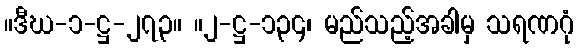
။ဒီဃ-၁-ဋ္ဌ-၂၇၃။ ။၂-ဋ္ဌ-၁၃၄၊ မည်သည့်အခါမှ သရဏဂုံ